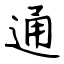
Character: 通